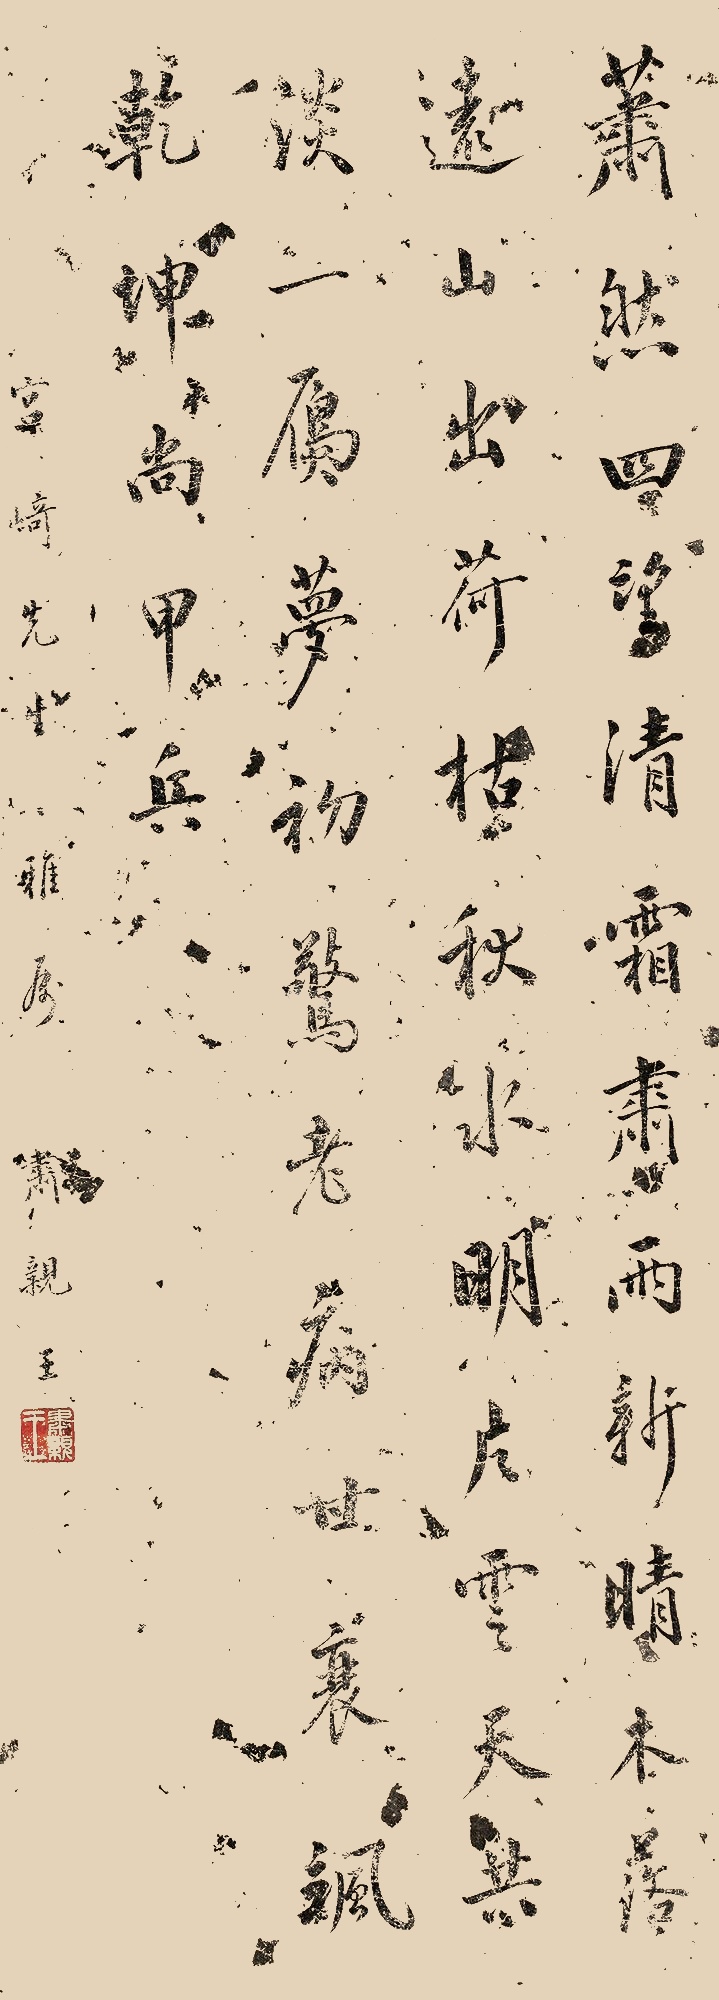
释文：萧然四望，清霜肃雨新晴。木落远山出，荷枯秋水明。片云天共淡，一魇梦初惊。老病甘衰飒，乾坤尚甲兵。宫崎先生雅属，肃亲王。